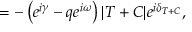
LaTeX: = - \left( e ^ { i \gamma } - q e ^ { i \omega } \right) | T + C | e ^ { i \delta _ { T + C } } ,